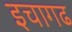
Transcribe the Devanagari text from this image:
इचागढ